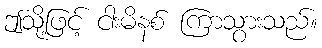
ဤသို့ဖြင့် ငါးမိနစ် ကြာသွားသည်။